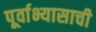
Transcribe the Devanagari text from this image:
पूर्वाभ्यासाची